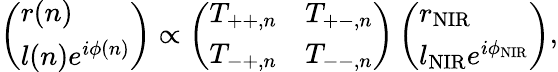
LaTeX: \left(\begin{array}{l}{r(n)}\\ {l(n)e^{i\phi(n)}}\end{array}\right)\propto\left(\begin{array}{ll}{T_{++,n}}&{T_{+-,n}}\\ {T_{-+,n}}&{T_{--,n}}\end{array}\right)\left(\begin{array}{l}{r_{\mathrm{NIR}}}\\ {l_{\mathrm{NIR}}e^{i\phi_{\mathrm{NIR}}}}\end{array}\right),